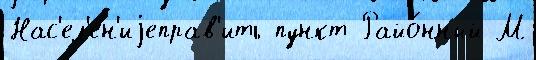
Нас'ел'ен'иjеправ'ить пункт Райо́нный М